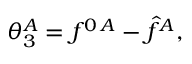
\theta _ { 3 } ^ { A } = f ^ { 0 \, A } - \hat { f } ^ { A } ,